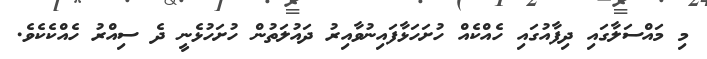
މި މައްސަލާގައި ދިފާއުގައި ހެއްކެއް ހުށަހަޅާފައިނުވާއިރު ދައުލަތުން ހުށަހުޅެނީ ދެ ސިއްރު ހެއްކެކެވެ.